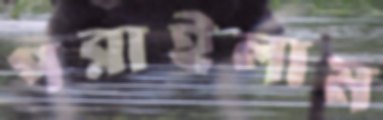
পরাইলাম